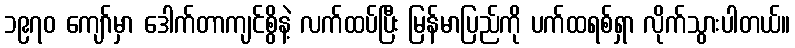
၁၉၇၀ ကျော်မှာ ဒေါက်တာကျင်စွိနဲ့ လက်ထပ်ပြီး မြန်မာပြည်ကို ပက်ထရစ်ရှာ လိုက်သွားပါတယ်။